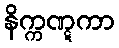
နိက္ကဏ္ဋကာ